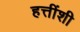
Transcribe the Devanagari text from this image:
हत्तींशी